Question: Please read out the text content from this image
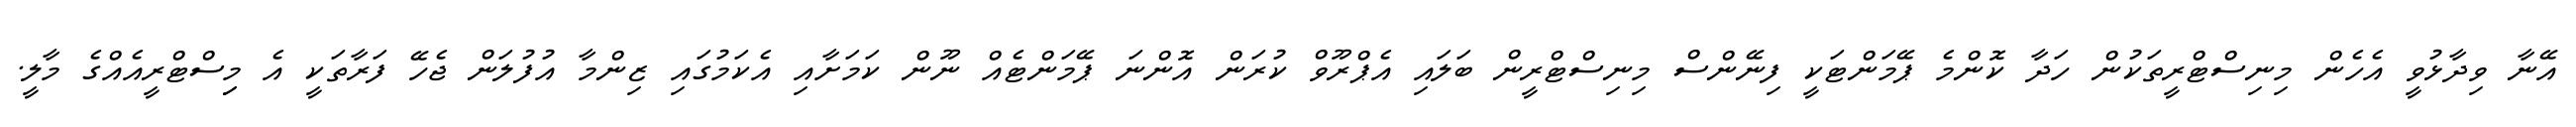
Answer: އޭނާ ވިދާޅުވީ އެހެން މިނިސްޓްރީތަކުން ހަދާ ކޮންމެ ޕޭމަންޓަކީ ފިނޭންސް މިނިސްޓްރީން ބަލައި އެޕްރޫވް ކުރަން އޮންނަ ޕޭމަންޓެއް ނޫން ކަމަށާއި އެކަމުގައި ޒިންމާ އުފުލަން ޖެހޭ ފަރާތަކީ އެ މިިސްޓްރީއެއްގެ މާލީ.